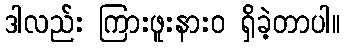
ဒါလည်း ကြားဖူးနားဝ ရှိခဲ့တာပါ။